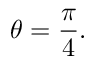
\theta = { \frac { \pi } { 4 } } .